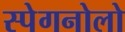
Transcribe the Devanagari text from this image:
स्पेगनोलो